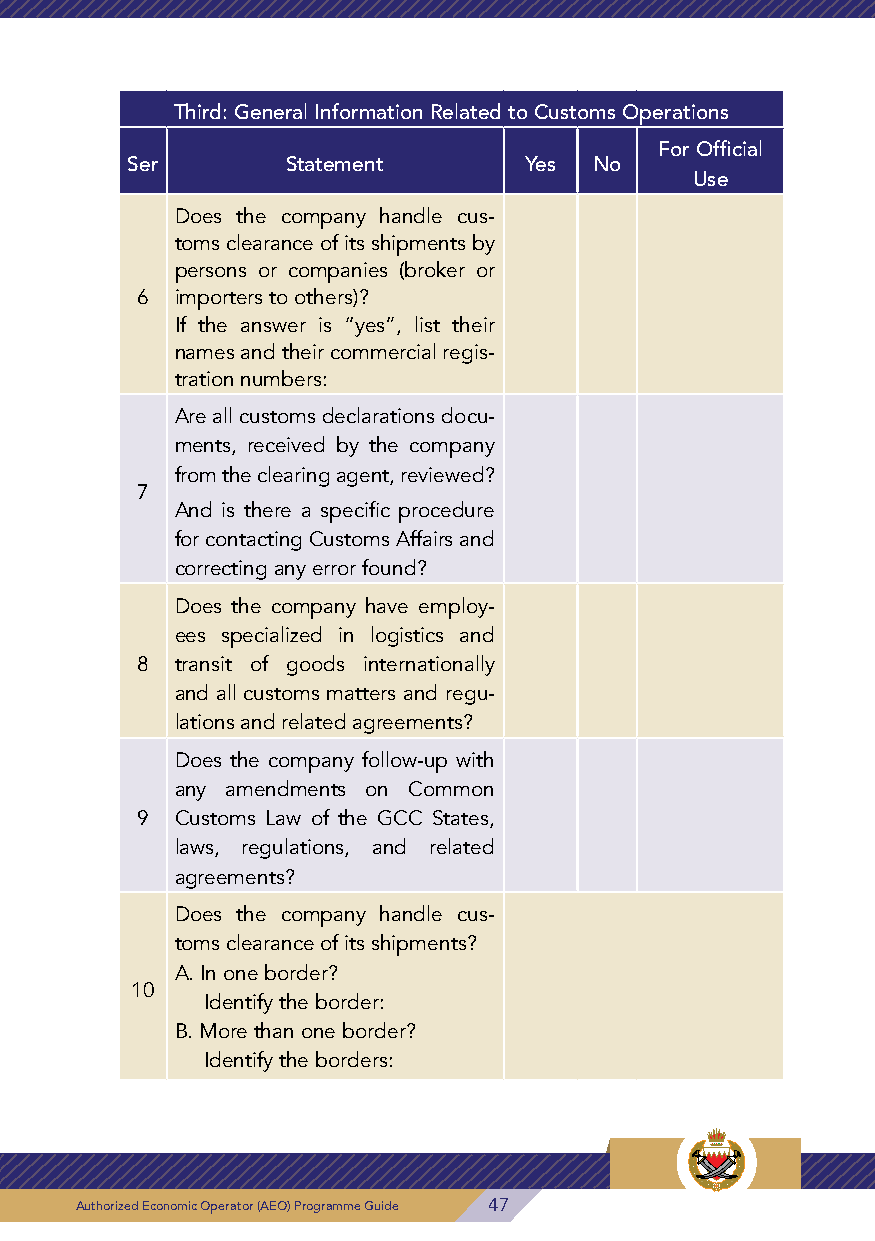
Questions Related to Clearance Office Scope Third: General Information Related to Customs Operations
 For Official                                For Official
 Ser Statement Yes No Ser Statement Yes No
 Use                                           Use
 Does the company representative Does the company handle cus-
 work around the clock 24/7 or dur- toms clearance of its shipments by
 11
 ing the official holidays at customs persons or companies (broker or
 borders? 6  importers to others)?
 If the answer is “yes”, list their
 Does the company take the neces-
 names and their commercial regis-
 sary measures for the delegators
 tration numbers:
 12 to accept clearance of their goods
 after ensuring the integrity of their Are all customs declarations docu-
 business activity? ments, received by the company
 from the clearing agent, reviewed?
 Identify the types of goods on which the company carries out 7
 13 customs clearance (if the types of goods are many, then mention And is there a specific procedure
 the main ones only). for contacting Customs Affairs and
 correcting any error found?
 Identify the customs proce-
 dures used by the company Does the company have employ-
 (importation/deposit in ware- ees specialized in logistics and
 14
 houses/goods in transit/tem- 8 transit of goods internationally
 porary admission/exportation/ and all customs matters and regu-
 re-exportation, etc.).
 lations and related agreements?
 Does the company follow-up with
 Questions Related to Goods Valuation any amendments on Common
 For Official 9 Customs Law of the GCC States,
 Ser Statement Yes No
 Use         laws, regulations, and related
 agreements?
 Is there an entity or a department in
 the company responsible for conclud- Does the company handle cus-
 ing commercial deals and following toms clearance of its shipments?
 up on agreed prices and contracts? A. In one border?
 15
 Identify the responsible entity or de- 10
 Identify the border:
 partment.
 B. More than one border?
 Identify the responsible entity or
 Identify the borders:
 department.
 48 Authorized Economic Operator (AEO) Programme Guide Authorized Economic Operator (AEO) Programme Guide 47